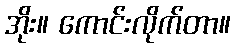
အိုး။ ကောင်းလိုက်တာ။